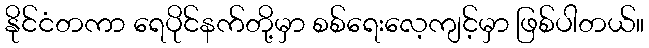
နိုင်ငံတကာ ရေပိုင်နက်တို့မှာ စစ်ရေးလေ့ကျင့်မှာ ဖြစ်ပါတယ်။